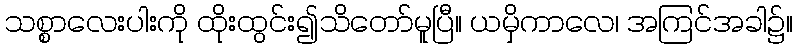
သစ္စာလေးပါးကို ထိုးထွင်း၍သိတော်မူပြီ။ ယမှိကာလေ၊ အကြင်အခါ၌။